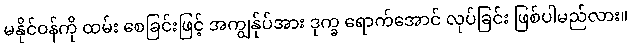
မနိုင်ဝန်ကို ထမ်း စေခြင်းဖြင့် အကျွန်ုပ်အား ဒုက္ခ ရောက်အောင် လုပ်ခြင်း ဖြစ်ပါမည်လား။